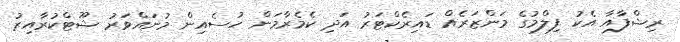
ރިޝްފާއާ އެކު ފިލްމުގެ މަންޒަރެއް ޑައިރެކްޓަރު އަދި ކެމެރާމަން ހުސެއިން މުނައްވަރު ޝޫޓްކުރާއިރު